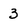
Character: 3